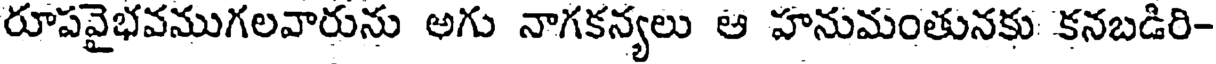
రూపవైభవముగలవారును అగు నాగకన్యలు ఆ హనుమంతునకు కనబడిరి-